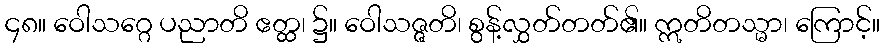
၄၈။ ဝေါသဂ္ဂေ ပညာတိ ဧတ္ထ၊ ၌။ ဝေါသဇ္ဇတိ၊ စွန့်လွှတ်တတ်၏။ ဣတိတသ္မာ၊ ကြောင့်။